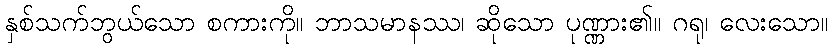
နှစ်သက်ဘွယ်သော စကားကို။ ဘာသမာနဿ၊ ဆိုသော ပုဏ္ဏား၏။ ဂရု၊ လေးသော။